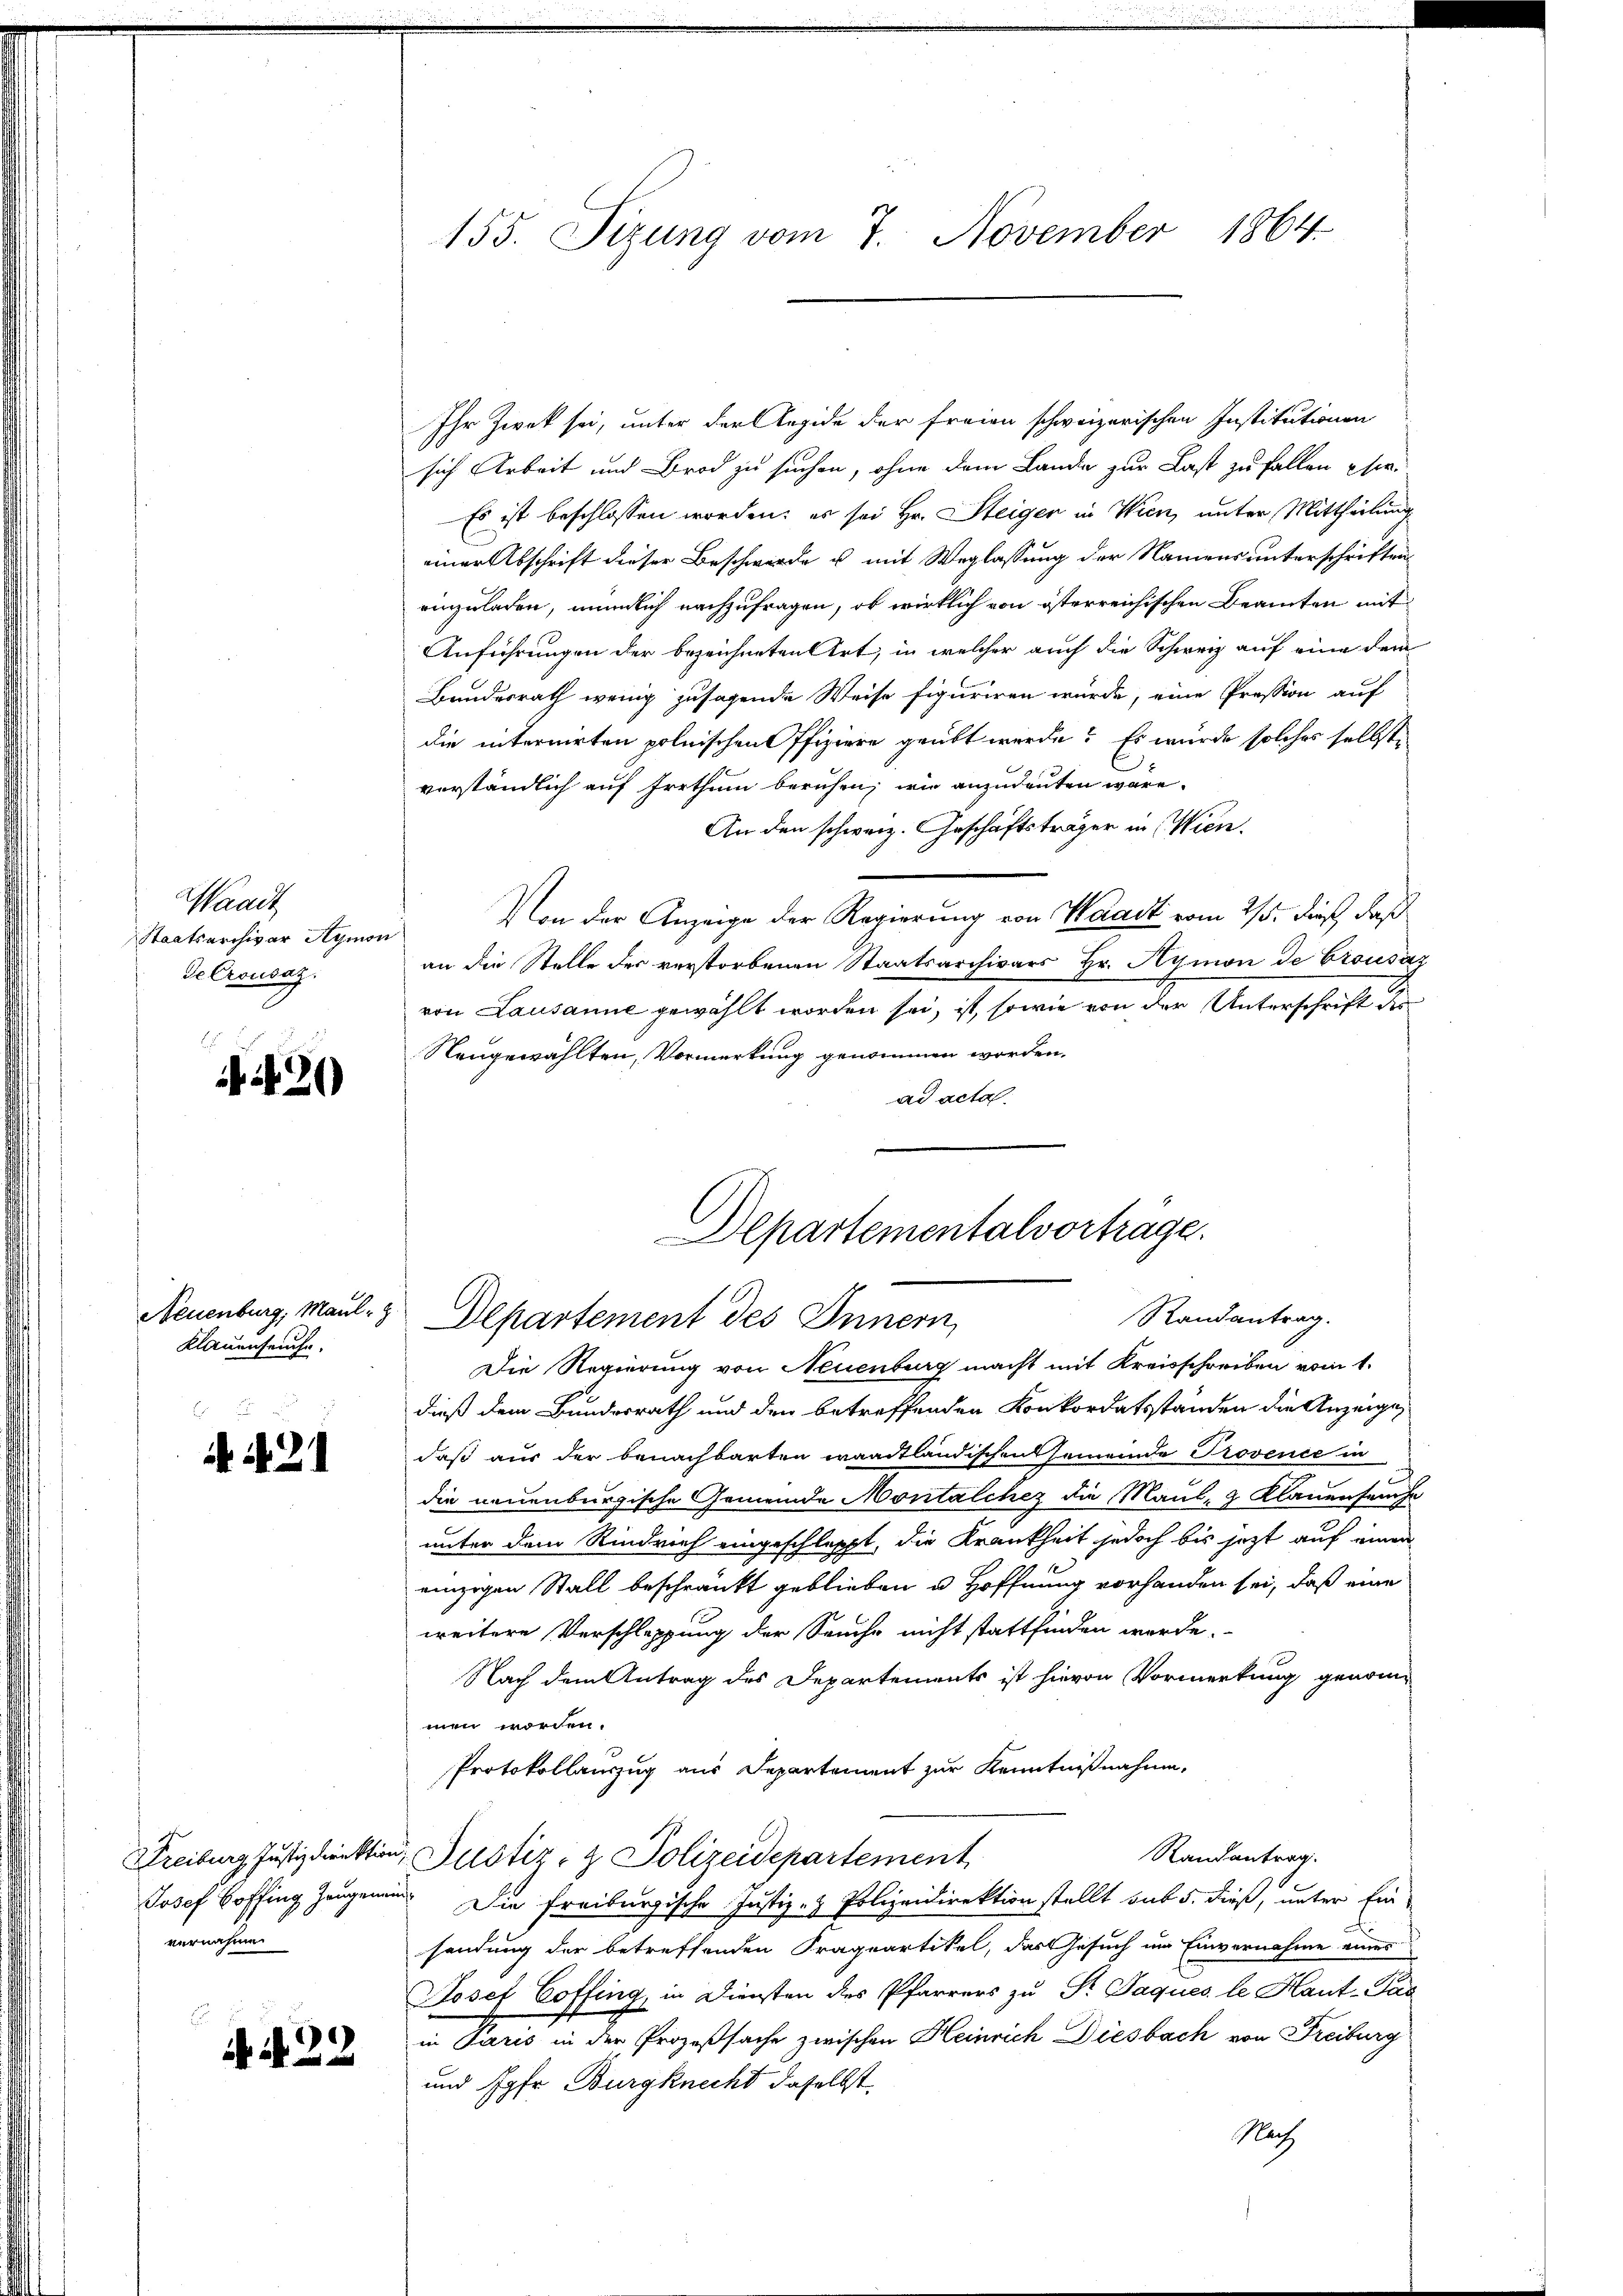
Waadt
Staatsarchivar Aymon
Se Crousaz.

20)

Neuenburg, Maul-
Klauenseuche.

21

Freiburg Justizdirektion
Josef Boffing Zeugenen
vernahme

i 22

155. Sizung vom 7. November 1864.

Ihr Zwek sei, unter der Aegide der freien schweizerischen Institutionen
sich Arbeit und Brod zu suchen, ohne dem Lande zur Last zu fallen sie
Es ist beschlossen worden; es sei Hr. Steiger in Wien, unter Mittheilung
einer Abschrift dieser Beschwerde u mit Weglassung der Namens unterschriften
einzuladen, nämlich nachzufragen, ob wirklich von österreichischen Beamten mit
Anführungen der bezeichneten Art, in welcher auch die Schweiz auf eine dem
Bundesrath wenig zusagende Weise figuriren würde, eine Pression auf
die internirten polnischen Offiziere geübt werde? Es würde solches selbste
verständlich auf Irrthum beruhen, wie anzudeuten wäre.
An den schweiz. Geschäftsträger in Wien.
Von der Anzeige der Regierung von Waadt vom 2/3. dieß, daß
an die Stelle der verstorbenen Staatsarchivars Hr. Aymon de Crousaz
von Lausanne gewählt worden sei, ist, sowie von der Unterschrift des
Neugewählten, Vormerkung genommen worden.
ad acta

Die Regierung von Neuenburg macht mit Kreisschreiben vom 1.
dieß dem Bundesrath und den betreffenden Konkordatsständen die Anzeige,
daß aus der benachbarten waadtländischen Gemeinde Provence in
die neuenburgische Gemeinde Montalchez die Maul- & Klauenseuche
unter dem Rindruch eingeschleppt, die Krankheit jedoch bis jetzt auf einen
einzigen Stall beschränkt geblieben u. Hoffnung vorhanden sei, daß eine
weitere Verschleppung der Seuche nicht stattfinden werde.
Nach dem Antrag des Departements ist hievon Vormerkung genommen worden.
Protokollauszug aus Departement zur Kenntnißnahme,
Randantrag.
Justiz- & Polizeidepartement
 Die Freiburgische Justiz- & Polizeidirektion stellt sub 5. dieß, unter Ein-
d
sendung der betreffenden Praquartikel, das Gesuch um Einvernahme eines
Josef Coffing, in Diensten des Pfarrers zu St. Jaques le Haut-Pas
in Juris in der Prozeßsache zwischen Heinrich Diesbach von Freiburg
und Jgfr. Burgknecht daselbst.
Nach
¬

Departementalvortrage.
Randantrag.
Departement des Innern,